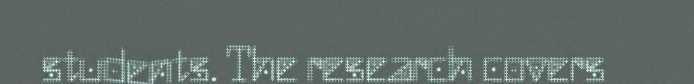
students. The research covers